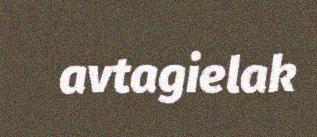
avtagielak